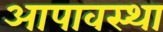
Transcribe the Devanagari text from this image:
आपावस्था